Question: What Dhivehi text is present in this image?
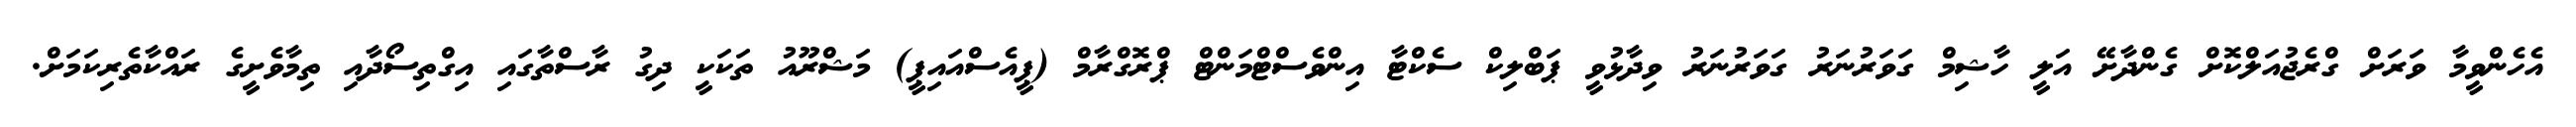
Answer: އެހެންވީމާ ވަރަށް ގްރެޖުއަލްކޮށް ގެންދާށޭ އަލީ ހާޝިމް ގަވަރުނަރު ގަވަރުނަރު ވިދާޅުވީ ޕަބްލިކް ސެކްޓާ އިންވެސްޓްމަންޓް ޕްރޮގްރާމް (ޕީއެސްއައިޕީ) މަޝްރޫއު ތަކަކީ ދިގު ރާސްތާގައި އިގްތިސޯދާއި ތިމާވެށީގެ ރައްކާތެރިކަމަށް.